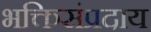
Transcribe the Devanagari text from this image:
भक्तिसंप्रदाय